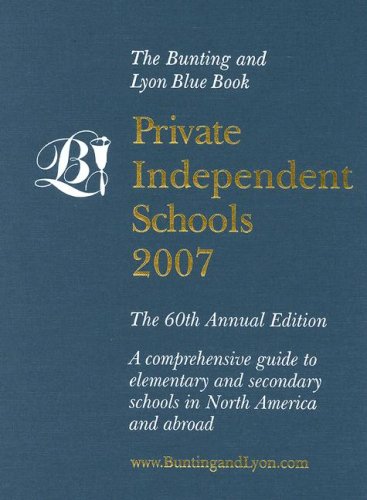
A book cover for Private Independent Schools; Peter Bunting; Test Preparation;